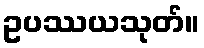
ဥပဿယသုတ်။